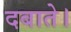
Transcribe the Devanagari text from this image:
दबाते।